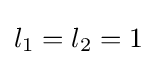
l_{1}=l_{2}=1